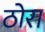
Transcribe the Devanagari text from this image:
ठोरा